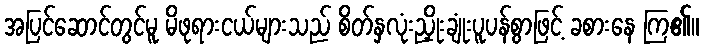
အပြင်ဆောင်တွင်မူ မိဖုရားငယ်များသည် စိတ်နှလုံးညှိုးချုံးပူပန်စွာဖြင့် ခစားနေ ကြ၏။